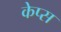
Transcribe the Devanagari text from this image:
केप्स